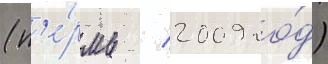
(п'е́рмь / 2009 го́д)